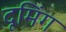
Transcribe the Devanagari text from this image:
दूमिंग